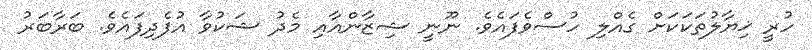
ހުރީ ޚިޔާލުތަކަކަށް ގެއްލި ހުސްވެފައެވެ. ނޫނީ ޝިޒާންއާއި މެދު ޝަކުވާ އުފެދިފައެވެ. ބަރާބަރު